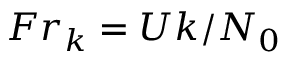
F r _ { k } = U k / N _ { 0 }